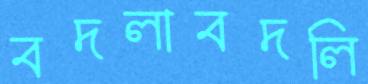
বদলাবদলি